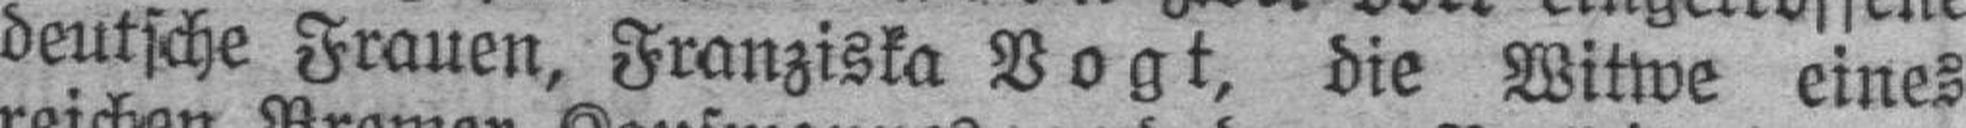
deutsche Frauen, Franziska Vogt, die Witwe eines